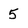
Character: 5